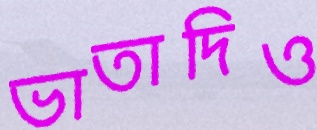
ভাতাদিও